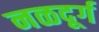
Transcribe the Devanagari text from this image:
नळदूर्ग